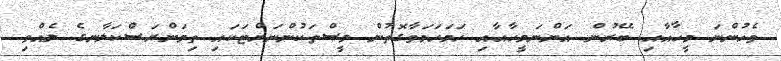
ވެހުންނަ މީހާއާއި ބޭރުން އަންނަމީހާއާއި ހަމަހަމަވާގޮތުން މީސްތަކުންނަށްޓަކައި ތިމަންރަސްކަލާނގެ ލެއްވި